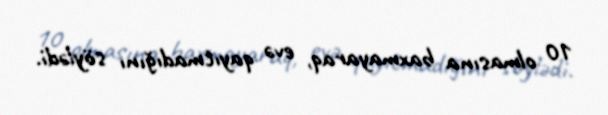
10 olmasına baxmayaraq, evə qayıtmadığını söylədi.